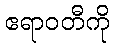
ဧရာဝတီကို